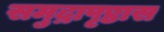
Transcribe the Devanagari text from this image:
समुद्रापृष्ठास